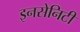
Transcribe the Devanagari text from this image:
इनसेनिटी